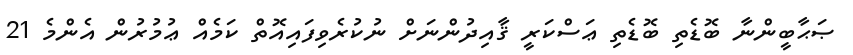
ޞަޙާބީންނާ ބޮޑެތި ބޮޑެތި ޢަސްކަރީ ޤާއިދުންނަށް ނުކުރެވިފައިއޮތް ކަމެއް ޢުމުރުން އެންމެ 21